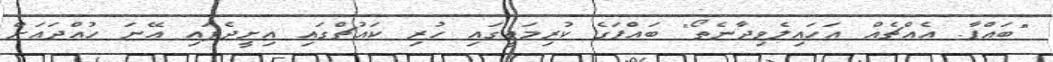
"ބައްޕާ. އެއްޗެއް އަހައިލެވިދާނެތޯ" ބައްޕަގެ ކުރިމަތީގައި ހުރި ކައުޗްގައި އިށީދެފައި އޭނަ ހުއްދައަށް